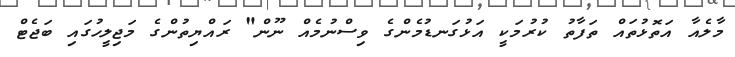
މާލެއާ އަތޮޅުތައް ތަފާތު ކުރުމަކީ އަޅުގަނޑުމެންގެ ވިސްނުމެއް ނޫން" ރައްޔިތުންގެ މަޖިލީހުގައި ބަޖެޓް